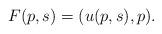
LaTeX: \begin{align*}F(p,s)=(u(p,s),p).\end{align*}